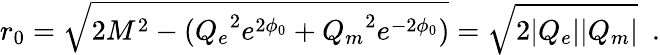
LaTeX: r_{0}=\sqrt{2M^{2}-({Q_{e}}^{2}e^{2\phi_{0}}+{Q_{m}}^{2}e^{-2\phi_{0}})}=\sqrt{2|Q_{e}||Q_{m}|}~~.